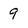
Character: 9